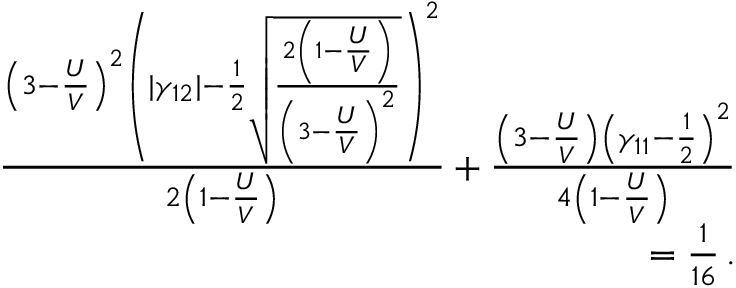
\begin{array} { r l r } & { } & { \frac { \left( 3 - \frac { U } { V } \right) ^ { 2 } \left( | \gamma _ { 1 2 } | - \frac { 1 } { 2 } \sqrt { \frac { 2 \left( 1 - \frac { U } { V } \right) } { \left( 3 - \frac { U } { V } \right) ^ { 2 } } } \right) ^ { 2 } } { 2 \left( 1 - \frac { U } { V } \right) } + \frac { \left( 3 - \frac { U } { V } \right) \left( \gamma _ { 1 1 } - \frac { 1 } { 2 } \right) ^ { 2 } } { 4 \left( 1 - \frac { U } { V } \right) } } \\ & { } & { = \frac { 1 } { 1 6 } \, . } \end{array}